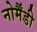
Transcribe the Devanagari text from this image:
नोर्मैंडी